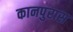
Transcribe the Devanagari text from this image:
कानपुरास